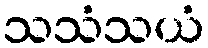
သသံသယံ